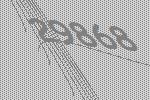
29868